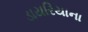
ડાયરિયાના